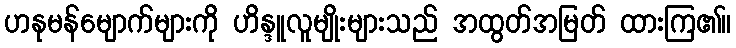
ဟနုမန်မျောက်များကို ဟိန္ဒူလူမျိုးများသည် အထွတ်အမြတ် ထားကြ၏။